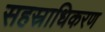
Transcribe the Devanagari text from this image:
सहस्राधिकरण